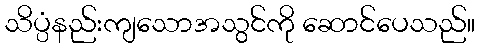
သိပ္ပံနည်းကျသောအသွင်ကို ဆောင်ပေသည်။